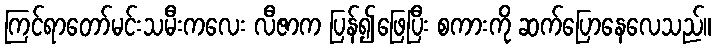
ကြင်ရာတော်မင်းသမီးကလေး လီဇာက ပြန်၍ဖြေပြီး စကားကို ဆက်ပြောနေလေသည်။